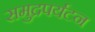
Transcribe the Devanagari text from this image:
समुद्रपर्यटन